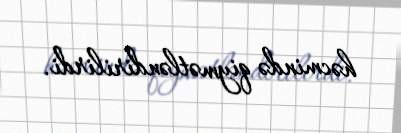
həcmində qiymətləndirilirdi.